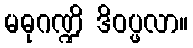
မဓုဂဏ္ဍိ ဒိဝပ္ဖလာ။